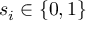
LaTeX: s _ { i } \in \{ 0 , 1 \}